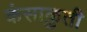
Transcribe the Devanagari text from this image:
कंसाक्रुती